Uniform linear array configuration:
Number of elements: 4
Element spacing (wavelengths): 0.75
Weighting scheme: exponential
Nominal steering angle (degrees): -45
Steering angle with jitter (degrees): -44.896
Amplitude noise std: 0.05
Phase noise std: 0.05

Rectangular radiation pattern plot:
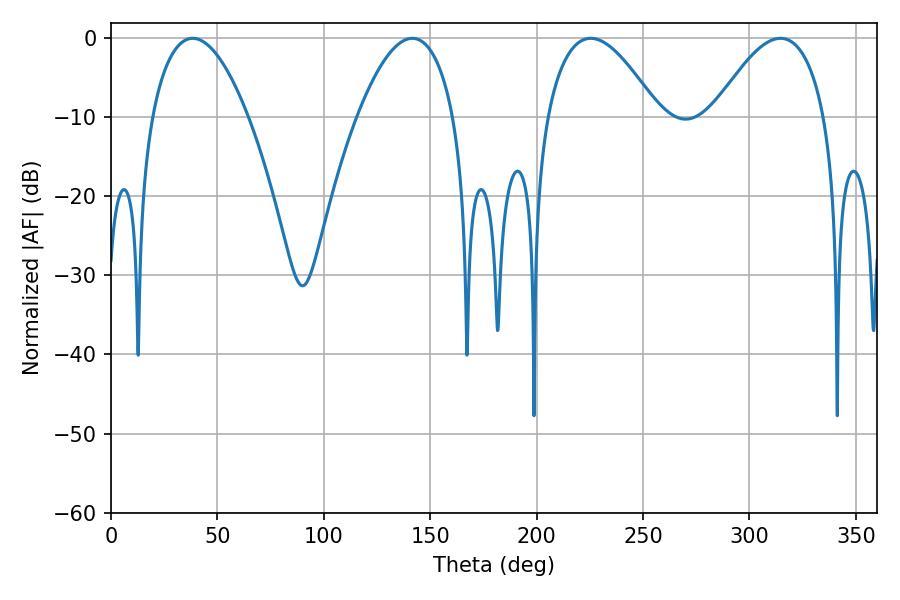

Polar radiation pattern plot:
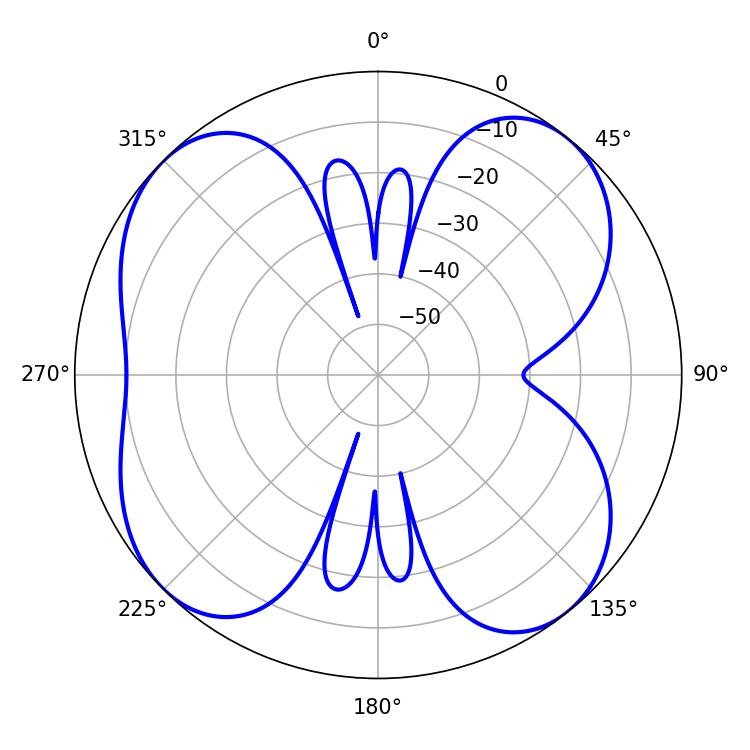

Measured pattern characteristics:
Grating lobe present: TRUE
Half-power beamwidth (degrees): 28.8
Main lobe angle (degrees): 225.36